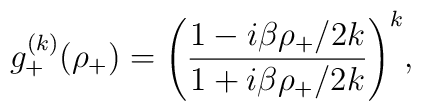
g^{(k)}_+(\rho_+)=\Biggl(\frac{1-{i\beta \rho_+}/{2k}}{1+{i\beta \rho_+}/{2k}}\Biggr)^k,